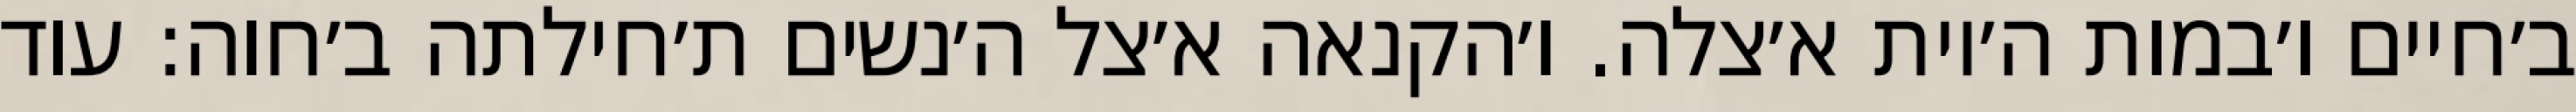
ב׳חיים ו׳במות ה׳יות א׳צלה. ו׳הקנאה א׳צל ה׳נשים ת׳חילתה ב׳חוה: עוד